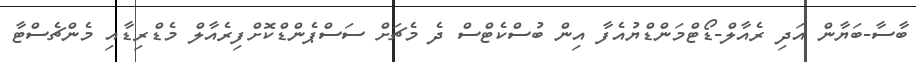
ބާސާ-ބަޔާން އަދި ރެއާލް-ޑޯޓްމަންޑްޔުއެފާ އިން ބުސްކެޓްސް ދެ މެޗަށް ސަސްޕެންޑްކޮށްފިރެއާލް މެޑްރިޑާއި މެންޗެސްޓާ